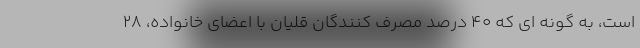
است، به گونه ای که ۴۰ درصد مصرف کنندگان قلیان با اعضای خانواده، ۲۸